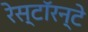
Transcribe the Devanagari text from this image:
रेस्टॉरन्टे